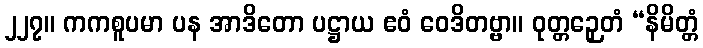
၂၂၇။ ကကစူပမာ ပန အာဒိတော ပဋ္ဌာယ ဧဝံ ဝေဒိတဗ္ဗာ။ ဝုတ္တဉှေတံ “နိမိတ္တံ